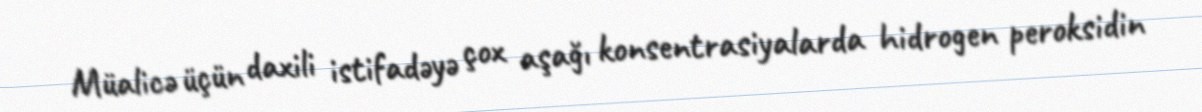
Müalicə üçün daxili istifadəyə çox aşağı konsentrasiyalarda hidrogen peroksidin